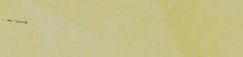
Under New Mgmt